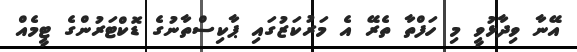
އޭނާ ވިދާޅުވީ މި ހަފްތާ ތެރޭ އެ މަރުކަޒުގައި ޕާކިސްތާނުގެ ޑޮކްޓަރުންގެ ޓީމެއް